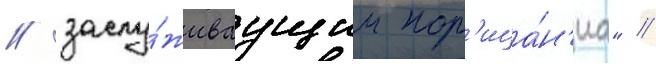
/ заслу́живаущим пор'ица́н'иа" //